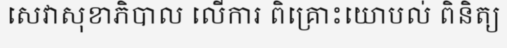
សេវាសុខាភិបាល លើការ ពិគ្រោះយោបល់ ពិនិត្យ